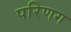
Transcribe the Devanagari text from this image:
परिणग